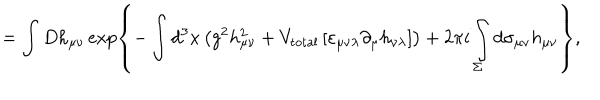
= \int D h _ { \mu \nu } \exp \left\{ - \int d ^ { 3 } x \left( g ^ { 2 } h _ { \mu \nu } ^ { 2 } + V _ { \mathrm { t o t a l } } \left[ \varepsilon _ { \mu \nu \lambda } \partial _ { \mu } h _ { \nu \lambda } \right] \right) + 2 \pi i \int _ { \Sigma } ^ { } d \sigma _ { \mu \nu } h _ { \mu \nu } \right\} ,